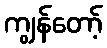
ကျွန်တော့်